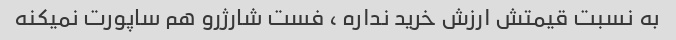
به نسبت قیمتش ارزش خرید نداره ، فست شارژرو هم ساپورت نمیکنه